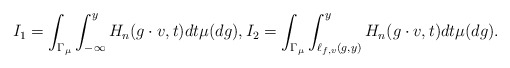
\begin{align*} I_1 = \int_{\Gamma_{\mu}} \int_{- \infty}^{y} H_n(g \cdot v, t) dt \mu(dg), I_2 = \int_{\Gamma_{\mu}} \int_{\ell_{f,v}(g,y)}^{y} H_n(g \cdot v, t) dt \mu(dg). \end{align*}